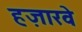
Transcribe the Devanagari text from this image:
हज़ारवे